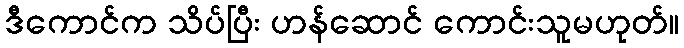
ဒီကောင်က သိပ်ပြီး ဟန်ဆောင် ကောင်းသူမဟုတ်။